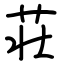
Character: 荘